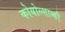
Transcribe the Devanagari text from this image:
कोयोल्शाव्की